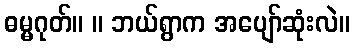
ဓမ္မဂုတ်။ ။ ဘယ်ရွာက အပျော်ဆုံးလဲ။